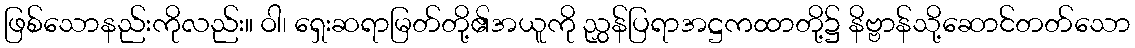
ဖြစ်သောနည်းကိုလည်း။ ဝါ၊ ရှေးဆရာမြတ်တို့၏အယူကို ညွှန်ပြရာအဋ္ဌကထာတို့၌ နိဗ္ဗာန်သို့ဆောင်တတ်သော